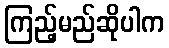
ကြည့်မည်ဆိုပါက